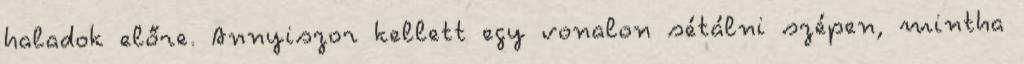
haladok előre. Annyiszor kellett egy vonalon sétálni szépen, mintha